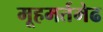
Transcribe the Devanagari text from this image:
मूहमर्तमेढ